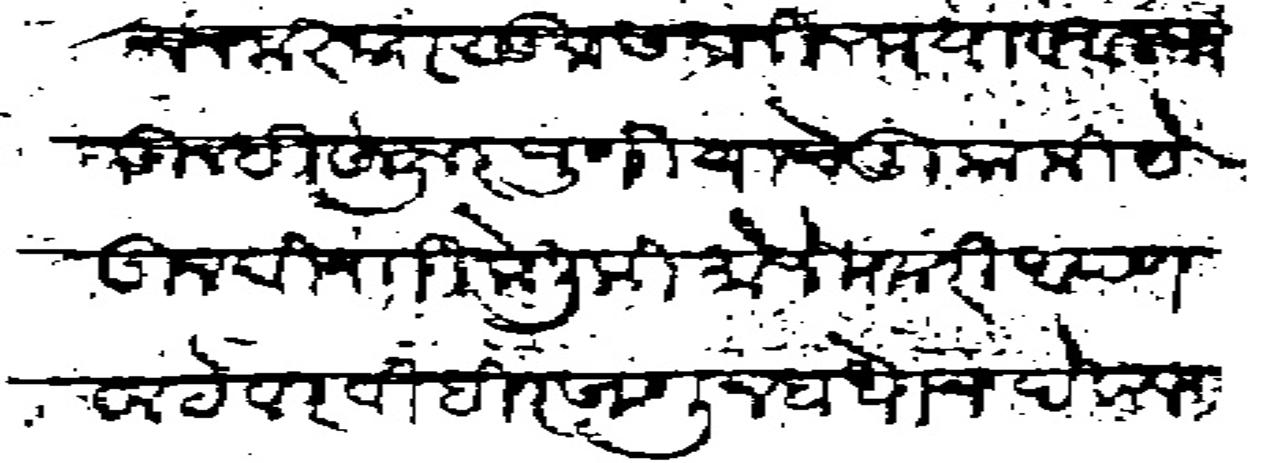
Transliteration (Devanagari): प्रधान नमस्कार सु समानीन मया व अलफे तुम्ही हुजुर पुणीयाचे मुकामी येऊन विनंती केली की मौजे मजकुरी आपण वाटेवरी विहीर खणून बांधोन देवालय